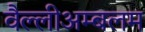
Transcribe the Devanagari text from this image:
वैल्लीअम्बलम